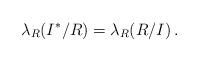
LaTeX: \begin{align*}\lambda_R(I^*/R) = \lambda_R(R/I)\,.\end{align*}